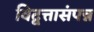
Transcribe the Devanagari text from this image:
विद्वत्तासंपन्न